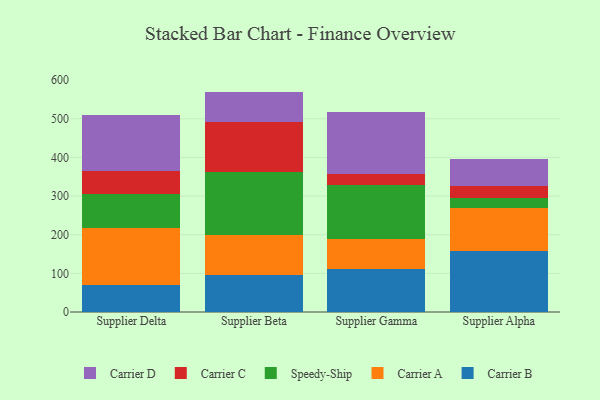
{"axis": {"x": "Supplier", "y": "Inventory Turnover"}, "legend": ["Carrier A", "Carrier B", "Carrier C", "Carrier D", "Speedy-Ship"], "data": [{"x": "Supplier Delta", "y": 71.0, "type": "Carrier B"}, {"x": "Supplier Delta", "y": 147.5, "type": "Carrier A"}, {"x": "Supplier Delta", "y": 85.8, "type": "Speedy-Ship"}, {"x": "Supplier Delta", "y": 60.8, "type": "Carrier C"}, {"x": "Supplier Delta", "y": 145.7, "type": "Carrier D"}, {"x": "Supplier Beta", "y": 95.4, "type": "Carrier B"}, {"x": "Supplier Beta", "y": 105.0, "type": "Carrier A"}, {"x": "Supplier Beta", "y": 162.3, "type": "Speedy-Ship"}, {"x": "Supplier Beta", "y": 129.4, "type": "Carrier C"}, {"x": "Supplier Beta", "y": 78.3, "type": "Carrier D"}, {"x": "Supplier Gamma", "y": 111.2, "type": "Carrier B"}, {"x": "Supplier Gamma", "y": 77.0, "type": "Carrier A"}, {"x": "Supplier Gamma", "y": 141.7, "type": "Speedy-Ship"}, {"x": "Supplier Gamma", "y": 27.6, "type": "Carrier C"}, {"x": "Supplier Gamma", "y": 160.4, "type": "Carrier D"}, {"x": "Supplier Alpha", "y": 158.7, "type": "Carrier B"}, {"x": "Supplier Alpha", "y": 109.9, "type": "Carrier A"}, {"x": "Supplier Alpha", "y": 26.6, "type": "Speedy-Ship"}, {"x": "Supplier Alpha", "y": 31.7, "type": "Carrier C"}, {"x": "Supplier Alpha", "y": 70.0, "type": "Carrier D"}]}